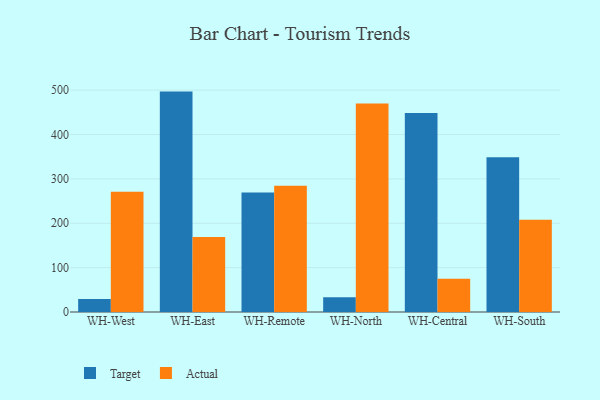
{"axis": {"x": "Warehouse", "y": "Satisfaction Score"}, "legend": ["Actual", "Target"], "data": [{"x": "WH-West", "y": 29.2, "type": "Target"}, {"x": "WH-West", "y": 271.1, "type": "Actual"}, {"x": "WH-East", "y": 496.8, "type": "Target"}, {"x": "WH-East", "y": 169.3, "type": "Actual"}, {"x": "WH-Remote", "y": 269.2, "type": "Target"}, {"x": "WH-Remote", "y": 284.6, "type": "Actual"}, {"x": "WH-North", "y": 33.4, "type": "Target"}, {"x": "WH-North", "y": 470.0, "type": "Actual"}, {"x": "WH-Central", "y": 448.4, "type": "Target"}, {"x": "WH-Central", "y": 74.7, "type": "Actual"}, {"x": "WH-South", "y": 348.8, "type": "Target"}, {"x": "WH-South", "y": 208.0, "type": "Actual"}]}